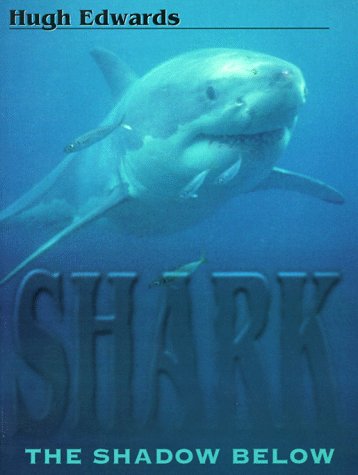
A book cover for Shark: The Shadow Below; Hugh Edwards; Sports & Outdoors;